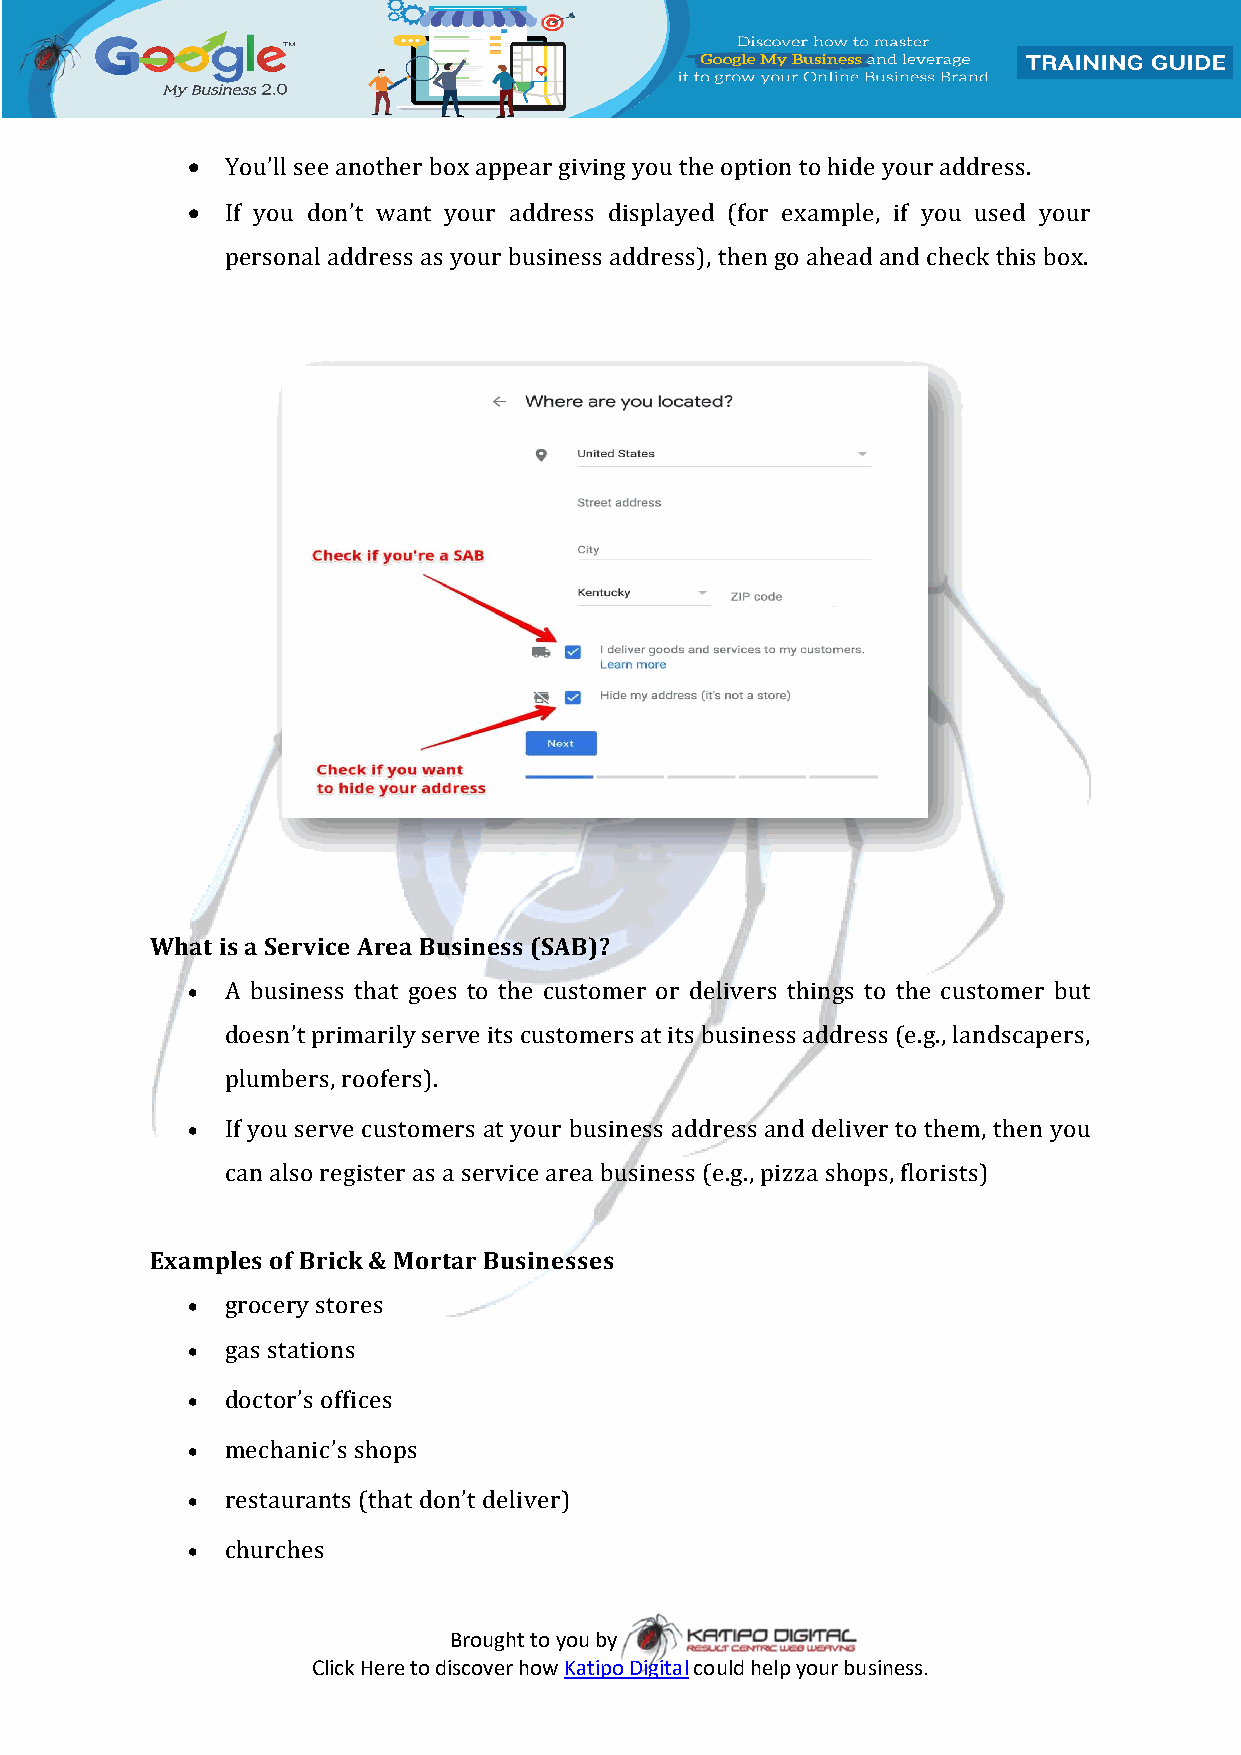
  You’ll see another box appear giving you the option to hide your address.
   If you don’t want your address displayed (for example, if you used your
 personal address as your business address), then go ahead and check this box.
 What is a Service Area Business (SAB)?
   A business that goes to the customer or delivers things to the customer but
 doesn’t primarily serve its customers at its business address (e.g., landscapers,
 plumbers, roofers).
   If you serve customers at your business address and deliver to them, then you
 can also register as a service area business (e.g., pizza shops, florists)
 Examples of Brick & Mortar Businesses
   grocery stores
   gas stations
   doctor’s offices
   mechanic’s shops
   restaurants (that don’t deliver)
   churches
 Brought to you by
 Click Here to discover how Katipo Digital could help your business.